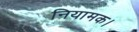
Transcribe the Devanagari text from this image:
नियामक।